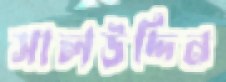
সালউদ্দিন